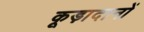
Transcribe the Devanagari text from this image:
कूड़ादानों